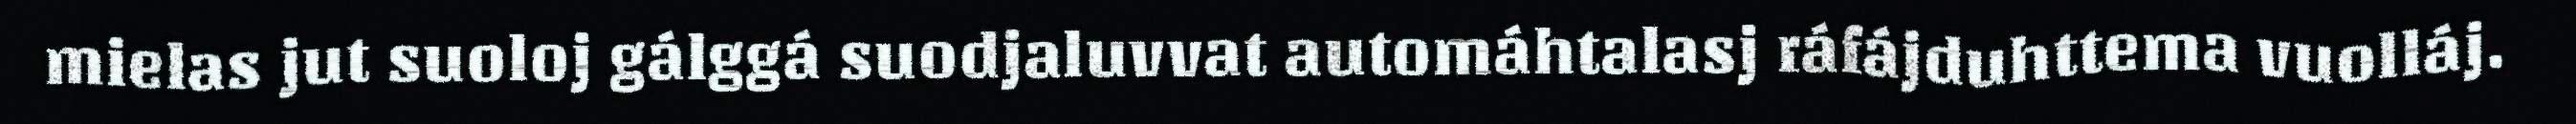
mielas jut suoloj gálggá suodjaluvvat automáhtalasj ráfájduhttema vuolláj.